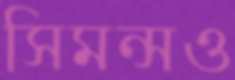
সিমন্সও